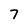
Character: 7